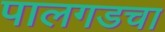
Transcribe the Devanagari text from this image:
पालगडचा